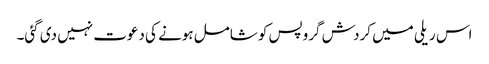
اس ریلی میں کردش گروپس کو شامل ہونے کی دعوت نہیں دی گئی۔